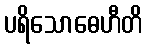
ပရိသောဓေဟီတိ